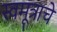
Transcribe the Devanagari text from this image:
स्वमूत्राचे